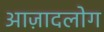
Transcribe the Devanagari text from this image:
आज़ादलोग